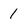
Character: 1